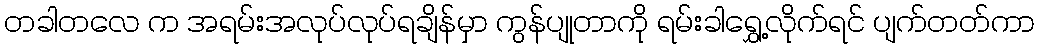
တခါတလေ က အရမ်းအလုပ်လုပ်ရချိန်မှာ ကွန်ပျုတာကို ရမ်းခါရွှေ့လိုက်ရင် ပျက်တတ်ကာ